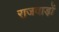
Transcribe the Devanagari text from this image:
राजवाड़ों